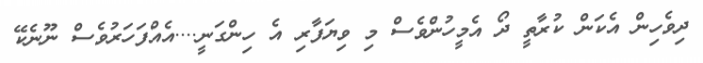
ދިވެހިން އެކަން ކުރާތީ ދޯ އެމީހުންވެސް މި ވިޔަފާރި އެ ހިންގަނީ....އެއްފަހަރުވެސް ނޫނެކޭ